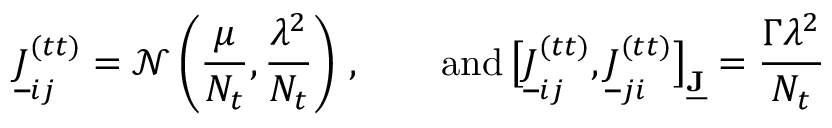
\underline { { J } } _ { i j } ^ { ( t t ) } = \mathcal { N } \left( \frac { \mu } { N _ { t } } , \frac { \lambda ^ { 2 } } { N _ { t } } \right) \, , \qquad \mathrm { a n d } \, \big [ \underline { { J } } _ { i j } ^ { ( t t ) } , \underline { { J } } _ { j i } ^ { ( t t ) } \big ] _ { \underline { { \mathbf { J } } } } = \frac { \Gamma \lambda ^ { 2 } } { N _ { t } }